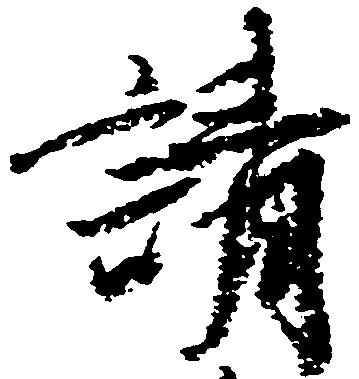
請